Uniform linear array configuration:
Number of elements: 48
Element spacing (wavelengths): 0.75
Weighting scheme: exponential
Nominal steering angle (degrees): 60
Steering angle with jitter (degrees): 61.5
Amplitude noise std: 0.05
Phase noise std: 0.05

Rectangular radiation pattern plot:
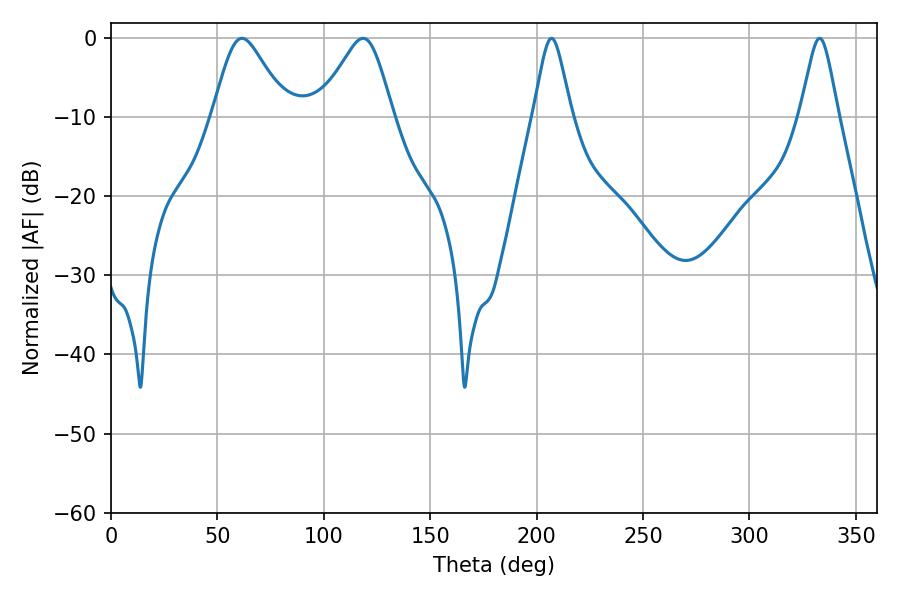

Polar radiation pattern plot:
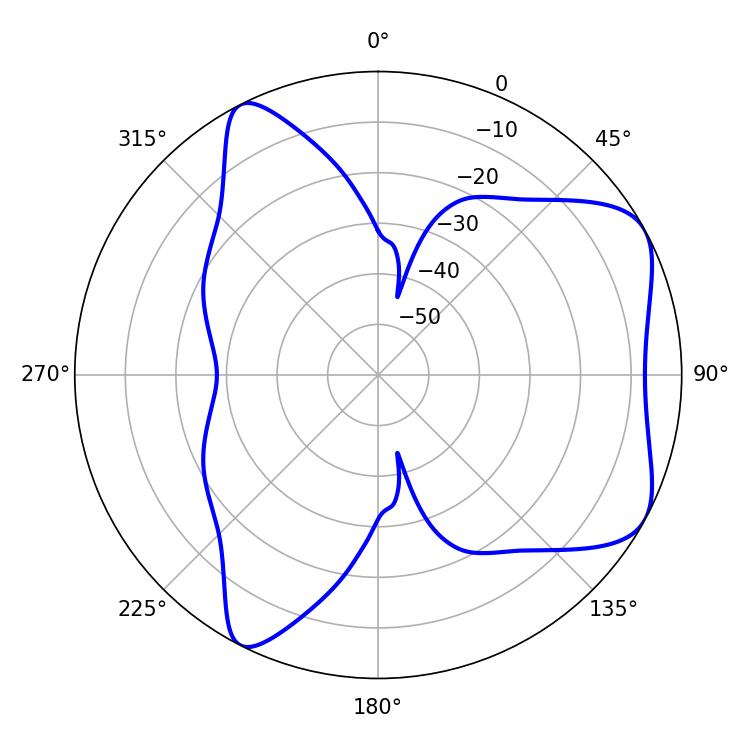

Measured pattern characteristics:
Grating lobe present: TRUE
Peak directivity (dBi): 6.173
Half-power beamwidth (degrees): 16.92
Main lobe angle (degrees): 61.56